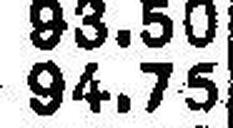
94.75